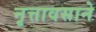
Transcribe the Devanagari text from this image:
नृत्तावसाने